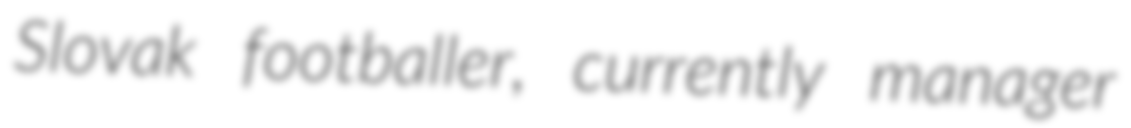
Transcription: Slovak footballer, currently manager